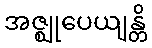
အဇ္ဈုပေယျန္တိ